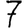
Digit: 7